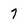
Character: 7